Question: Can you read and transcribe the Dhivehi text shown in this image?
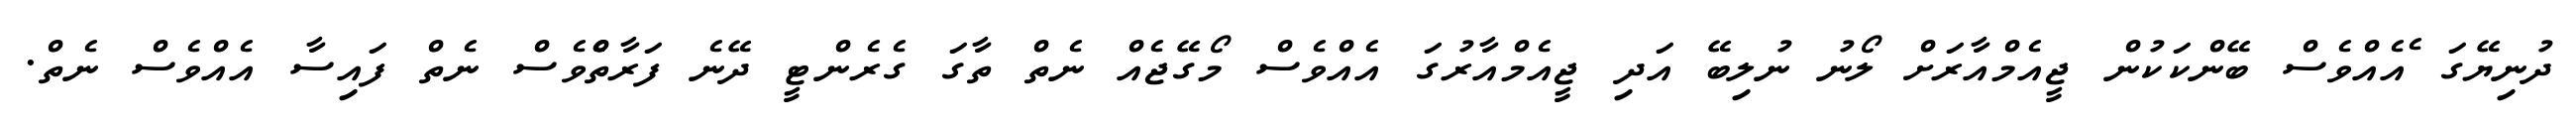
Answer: ދުނިޔޭގަ ެއެއްވެސް ބޭންކަކުން ޖީއެމްއާރަށް ލޯނު ނުލިބޭ އަދި ޖީއެމްއާރުގަ އެއްވެސް މޯގޭޖެއް ނެތް ތާގަ ގެރެންޓީ ދޭނެ ފަރާތެެްވެސް ނެތް ފައިސާ އެއްވެސް ނެތް.